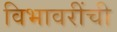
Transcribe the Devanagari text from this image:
विभावरींची